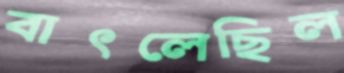
বাৎলেছিল